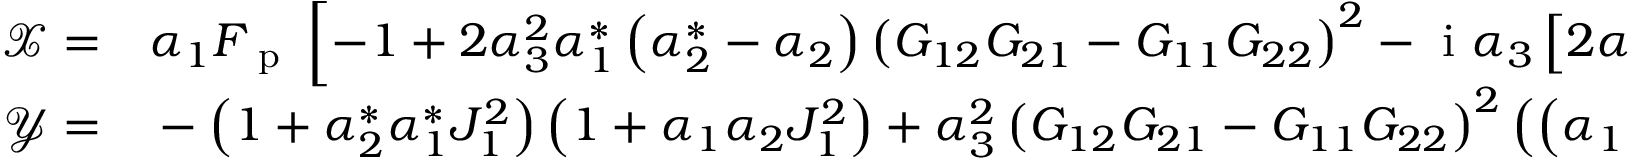
\begin{array} { r l } { \mathcal { X } = } & { { } \alpha _ { 1 } F _ { \mathrm { ~ p ~ } } \left[ - 1 + 2 \alpha _ { 3 } ^ { 2 } \alpha _ { 1 } ^ { * } \left( \alpha _ { 2 } ^ { * } - \alpha _ { 2 } \right) \left( G _ { 1 2 } G _ { 2 1 } - G _ { 1 1 } G _ { 2 2 } \right) ^ { 2 } - \mathrm { ~ i ~ } \alpha _ { 3 } \left[ 2 \alpha _ { 1 } ^ { * } \left( G _ { 1 1 } ^ { 2 } + G _ { 1 2 } G _ { 2 1 } \right) + \left( \alpha _ { 2 } ^ { * } - \alpha _ { 2 } \right) \left( G _ { 1 2 } G _ { 2 1 } + G _ { 2 2 } ^ { 2 } \right) \right] \right. } \\ { \mathcal { Y } = } & { { } - \left( 1 + \alpha _ { 2 } ^ { * } \alpha _ { 1 } ^ { * } J _ { 1 } ^ { 2 } \right) \left( 1 + \alpha _ { 1 } \alpha _ { 2 } J _ { 1 } ^ { 2 } \right) + \alpha _ { 3 } ^ { 2 } \left( G _ { 1 2 } G _ { 2 1 } - G _ { 1 1 } G _ { 2 2 } \right) ^ { 2 } \left( \left( \alpha _ { 1 } - \alpha _ { 1 } ^ { * } \right) \left( - \alpha _ { 2 } ^ { * } + \alpha _ { 2 } \right) + 4 \alpha _ { 2 } ^ { * } \alpha _ { 1 } \alpha _ { 1 } ^ { * } \alpha _ { 2 } J _ { 1 } ^ { 2 } \right) } \end{array}